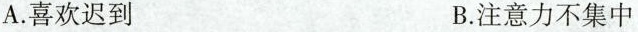
A.喜欢迟到 B.注意力不集中